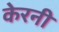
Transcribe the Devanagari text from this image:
केरनी